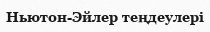
Ньютон-Эйлер теңдеулері